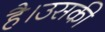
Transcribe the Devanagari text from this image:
है।उसकी